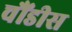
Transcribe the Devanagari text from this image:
चौंडीस